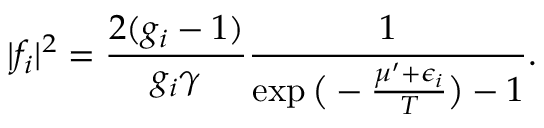
\lvert f _ { i } \rvert ^ { 2 } = \frac { 2 ( g _ { i } - 1 ) } { g _ { i } \gamma } \frac { 1 } { \exp \big ( - \frac { \mu ^ { \prime } + \epsilon _ { i } } { T } \big ) - 1 } .